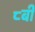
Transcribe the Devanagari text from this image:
८बी